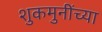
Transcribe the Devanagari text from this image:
शुकमुनींच्या